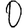
Digit: 0